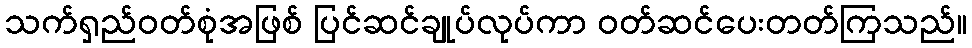
သက်ရှည်ဝတ်စုံအဖြစ် ပြင်ဆင်ချုပ်လုပ်ကာ ဝတ်ဆင်ပေးတတ်ကြသည်။